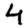
Digit: 4